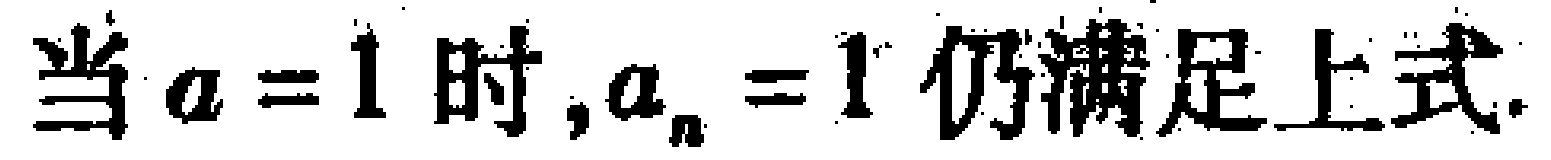
当\(a = 1\)时,\(a_{n} = 1\)仍满足上式.